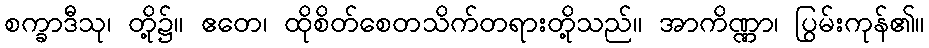
စက္ခာဒီသု၊ တို့၌။ ဧတေ၊ ထိုစိတ်စေတသိက်တရားတို့သည်။ အာကိဏ္ဏာ၊ ပြွမ်းကုန်၏။